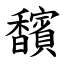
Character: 馪